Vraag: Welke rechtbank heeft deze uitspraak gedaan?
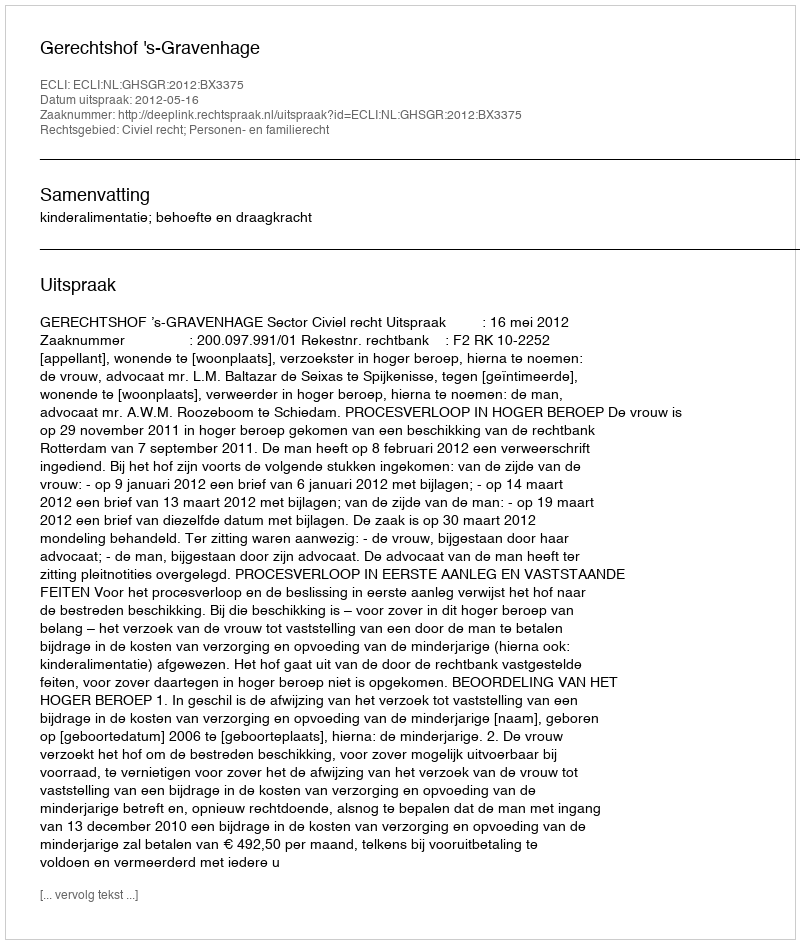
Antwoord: Gerechtshof 's-Gravenhage